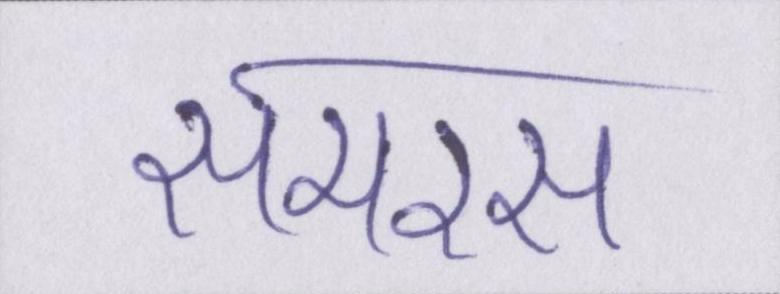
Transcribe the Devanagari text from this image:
समरस